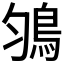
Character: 𩿃